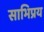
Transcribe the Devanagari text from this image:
साभिप्रय